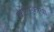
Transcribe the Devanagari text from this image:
कोल्स्काया